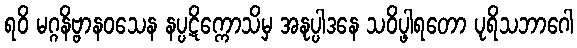
ရဝိ မဂ္ဂနိဗ္ဗာနဝသေန နပ္ပဋိက္ကောသိမှ အနုပ္ပါဒနေ သဝိပ္ဖါရတော ပုရိသဘာဂေါ